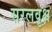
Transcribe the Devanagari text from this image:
सरलवृक्ष